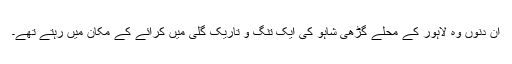
ان دنوں وہ لاہور کے محلے گڑھی شاہو کی ایک تنگ و تاریک گلی میں کرائے کے مکان میں رہتے تھے۔